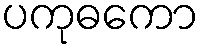
ပကုဓကော